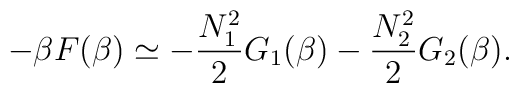
-\beta F(\beta)\simeq -\frac{N_1^2}{2} G_1(\beta)-\frac{N_2^2}{2}G_2(\beta).